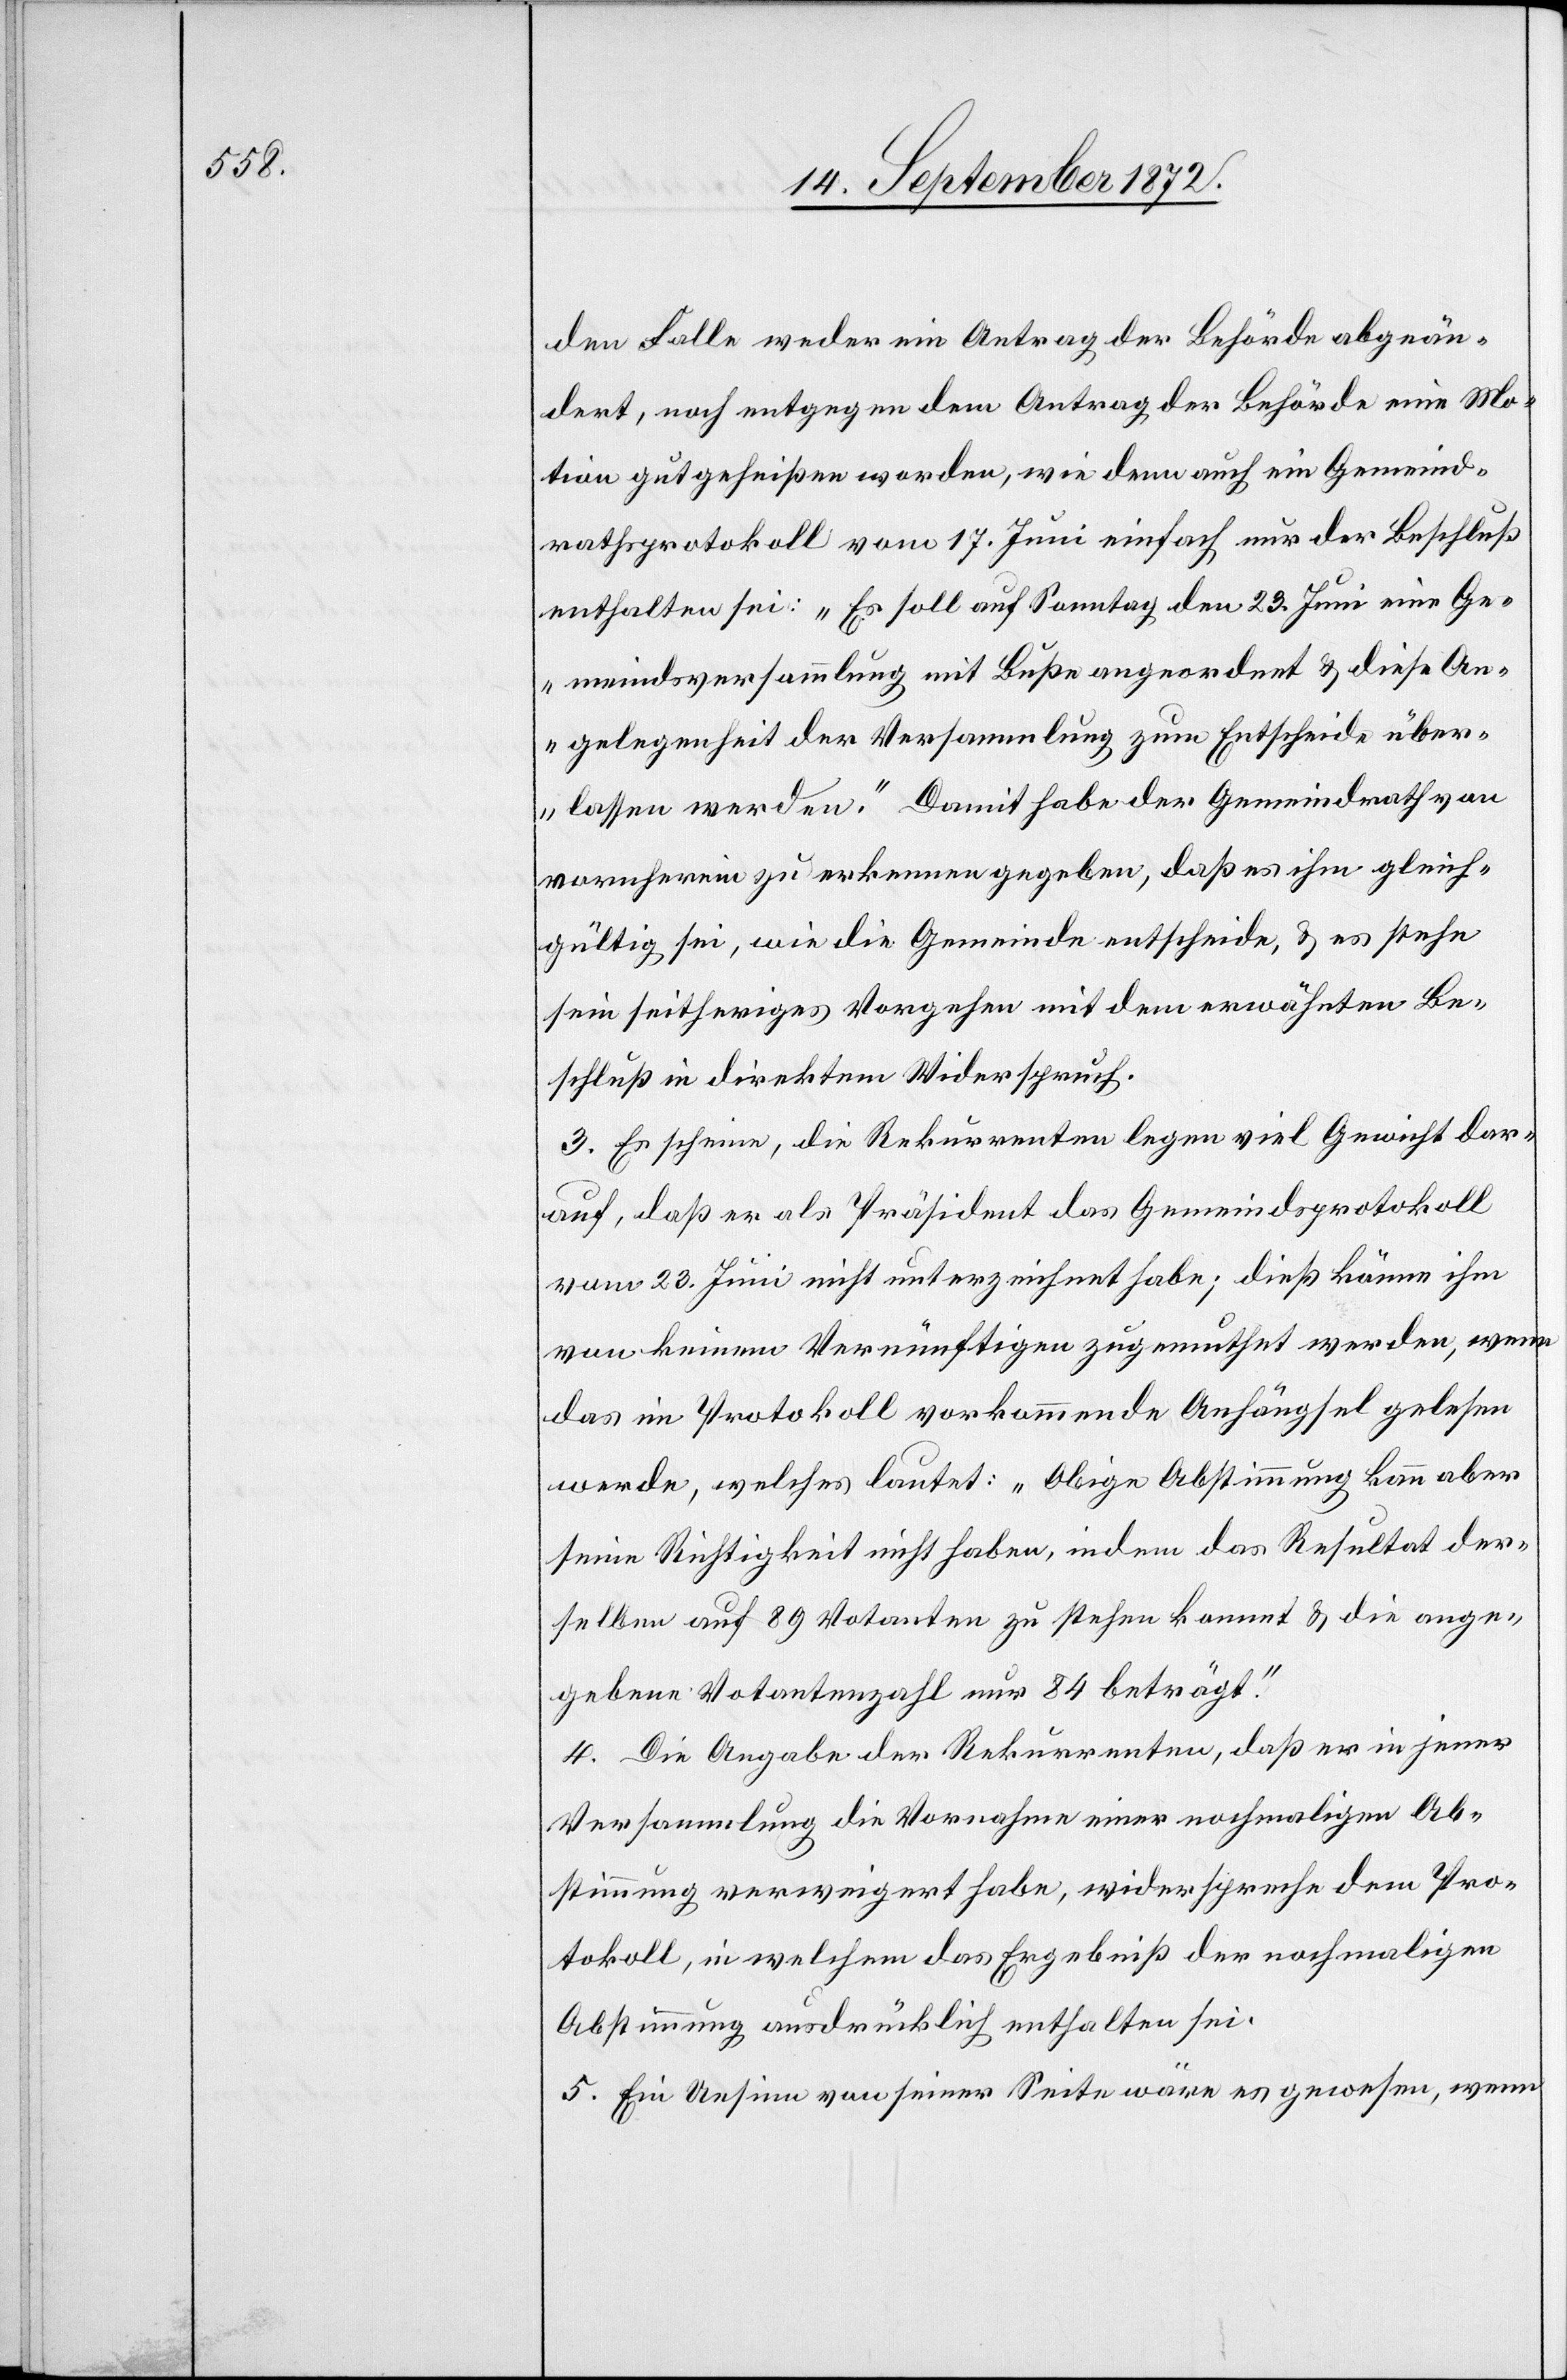
den Falle weder ein Antrag der Behörde abgeän¬
dert, noch entgegen dem Antrag der Behörde eine Mo¬
tion gutgeheißen worden, wie denn auch ein Gemeind¬
rathsprotokoll vom 17. Juni einfach nur der Beschluß
enthalten sei: „Es soll auf Sonntag den 23. Juni eine Ge¬
meindsversammlung mit Buße angeordnet u. diese An¬
gelegenheit der Versammlung zum Entscheide über¬
lassen werden.“ Damit habe der Gemeindrath von
vornherein zu erkennen gegeben, daß es ihm gleich¬
gültig sei, wie die Gemeinde entscheide, u. es stehe
sein seitheriges Vorgehen mit dem erwähnten Be¬
schluß in direktem Widerspruch.
3. Es scheine, die Rekurrenten legen viel Gewicht dar¬
auf, daß er als Präsident das Gemeindsprotokoll
vom 23. Juni nicht unterzeichnet habe; dieß könne ihm
von keinem Vernünftigen zugemuthet werden, wenn
das im Protokoll vorkommende Anhängsel gelesen
werde, welches lautet: „Obige Abstimmung kann aber
seine Richtigkeit nicht haben, indem das Resultat der¬
selben auf 89 Votanten zu stehen kommt u. die ange¬
gebene Votantenzahl nur 84 beträgt.“
4. Die Angabe der Rekurrenten, daß er in jener
Versammlung die Vornahme einer nochmaligen Ab¬
stimmung verweigert habe, widerspreche dem Pro¬
tokoll, in welchem das Ergebniß der nochmaligen
Abstimmung ausdrücklich enthalten sei.
5. Ein Unsinn von seiner Seite wäre es gewesen, wenn